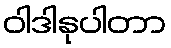
ဝါဒါနုပါတာ